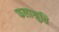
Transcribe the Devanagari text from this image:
फलाश्रुति